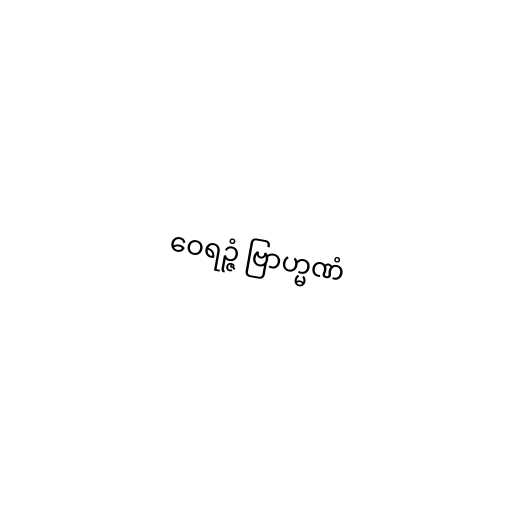
ဝေရဉ္ဇံ ဗြာဟ္မဏံ